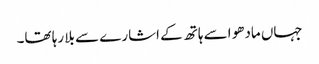
جہاں مادھو اسے ہاتھ کے اشارے سے بلا رہا تھا۔